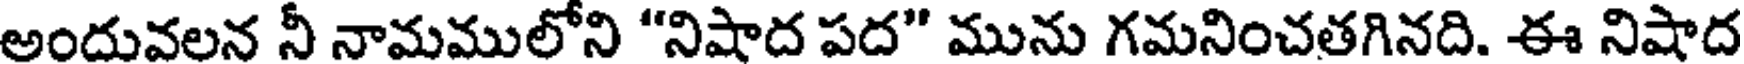
అందువలన నీ నామములోని "నిషాద పద" మును గమనించతగినది. ఈ నిషాద